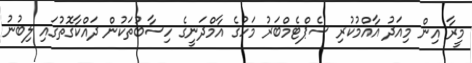
މީރާ އިން މިއަދު އާއްމުކުރި ސެޕްޓެމްބަރު މަހުގެ އާމްދަނީގެ ހިސާބުތަކުން ދައްކާގޮތުގައި ލިބުނު